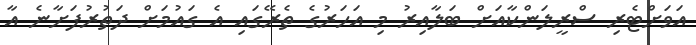
އަވަށްޓެރި ސްރީލަންކާއަށް ބަލާއިރު މި އަހަރުގެ ތެރޭގައި އެ ގައުމަށް ދަތުރުފަށާނެ އާ